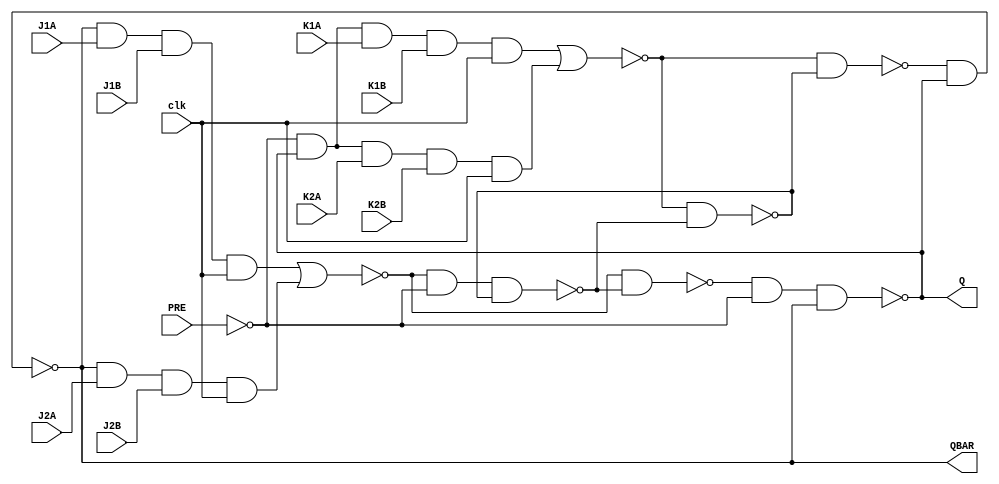
// For a NAND gate , when atleast one of the input is 0 , the output is 1.
module JK_MS_1(input clk , input PRE , input J1A , input J1B , input J2A , input J2B , input K1A , input K1B , input K2A , input K2B , output Q , output QBAR); 
wire J_w , J_w1 , J_w2 , K_w , K_w1 , K_w2 , A_w , B_w , C_w , D_w , Q_w , QBAR_w , PRE_w;
buf uut1(Q_w , Q);
buf uut2(QBAR_w , QBAR);
not uut3(PRE_w , PRE);
and uut4(K_w , PRE_w , Q_w , K1A , K1B , clk);
and uut5(K_w1 , PRE_w , Q_w , K2A , K2B , clk);
nor uut6(K_w2 , K_w , K_w1);
and uut7(J_w , QBAR_w , J1A , J1B , clk);
and uut8(J_w1 , QBAR_w , J2A , J2B , clk);
nor uut9(J_w2 , J_w , J_w1);
nand uut10(A_w , J_w2 , PRE_w , B_w);
nand uut11(B_w , K_w2 , A_w);
nand uut12(C_w , K_w2 , B_w);
nand uut13(D_w , J_w2 , A_w);
nand uut14(QBAR , C_w , Q_w);
nand uut15(Q , D_w , PRE_w , QBAR_w);
endmodule